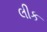
લીક